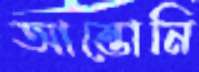
আন্তোনি